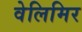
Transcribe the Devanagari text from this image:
वेलिमिर